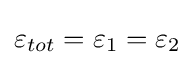
\varepsilon _{tot}=\varepsilon _{1}=\varepsilon _{2}